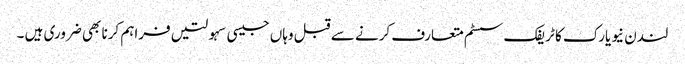
لندن نیویارک کا ٹریفک سسٹم متعارف کرنے سے قبل وہاں جیسی سہولتیں فراہم کرنا بھی ضروری ہیں ۔